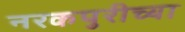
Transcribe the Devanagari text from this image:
नरकपुरीच्या